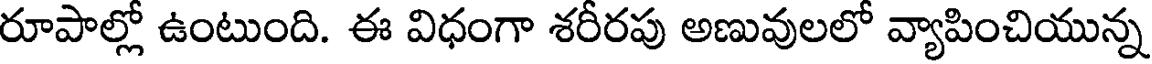
రూపాల్లో ఉంటుంది. ఈ విధంగా శరీరపు అణువులలో వ్యాపించియున్న